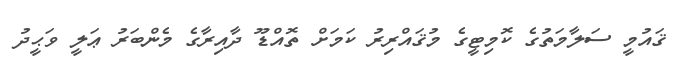
ޤައުމީ ސަލާމަތުގެ ކޮމިޓީގެ މުޤައްރިރު ކަމަށް ތޮއްޑޫ ދާއިރާގެ މެންބަރު ޢަލީ ވަޙީދު